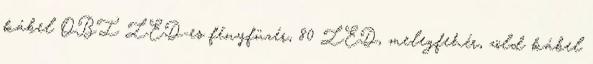
kábel OBI LED-es fényfüzér, 80 LED, melegfehér, zöld kábel